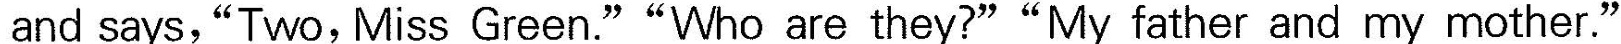
and says,"Two, Miss Green.""Who are they?""My father and my mother."